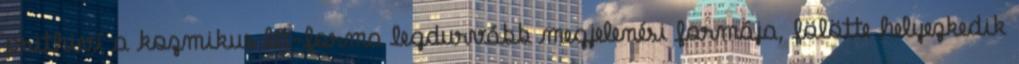
prithiví a kozmikus lét-forma legdurvább megjelenési formája, fölötte helyezkedik